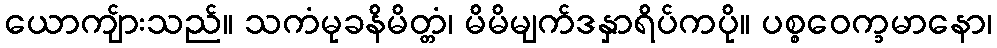
ယောကျ်ားသည်။ သကံမုခနိမိတ္တံ၊ မိမိမျက်ဒနှာရိပ်ကပို။ ပစ္စဝေက္ခမာနော၊